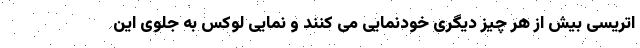
اتریسی بیش از هر چیز دیگری خودنمایی می کنند و نمایی لوکس به جلوی این